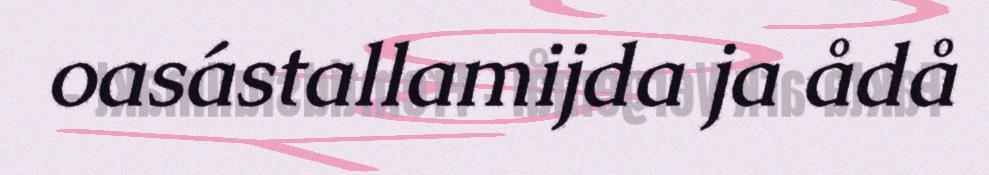
oasástallamijda ja ådå